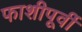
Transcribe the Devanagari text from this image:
फाशीपूर्वी